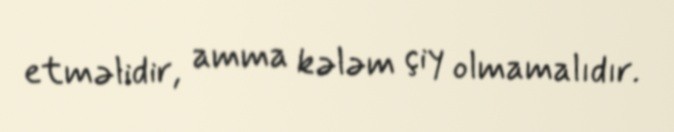
etməlidir, amma kələm çiy olmamalıdır.